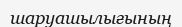
шаруашылығының